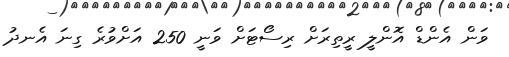
ވަން އެންޑް އޮންލީ ރީތިރަށް ރިސޯޓަށް ވަނީ 250 އަށްވުރެ ގިނަ އެނދު